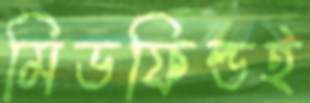
মিডফিল্ডই